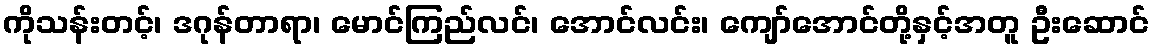
ကိုသန်းတင့်၊ ဒဂုန်တာရာ၊ မောင်ကြည်လင်၊ အောင်လင်း၊ ကျော်အောင်တို့နှင့်အတူ ဦးဆောင်